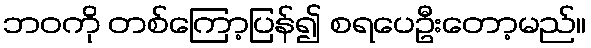
ဘဝကို တစ်ကြော့ပြန်၍ စရပေဦးတော့မည်။